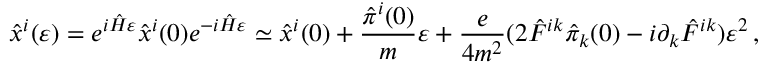
{ \hat { x } } ^ { i } ( \varepsilon ) = e ^ { i { \hat { H } } \varepsilon } { \hat { x } } ^ { i } ( 0 ) e ^ { - i { \hat { H } } \varepsilon } \simeq { \hat { x } } ^ { i } ( 0 ) + { \frac { { \hat { \pi } } ^ { i } ( 0 ) } { m } } \varepsilon + { \frac { e } { 4 m ^ { 2 } } } ( 2 { \hat { F } } ^ { i k } { \hat { \pi } } _ { k } ( 0 ) - i \partial _ { k } { \hat { F } } ^ { i k } ) \varepsilon ^ { 2 } \, ,